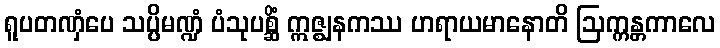
ရူပတဏှံပေ သပ္ပိမဏ္ဍံ ပံသုပစ္ဆိံ ဣဇ္ဈနကဿ ဟရာယမာနောတိ ဩက္ကန္တကာလေ